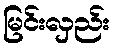
မြင်းလှည်း